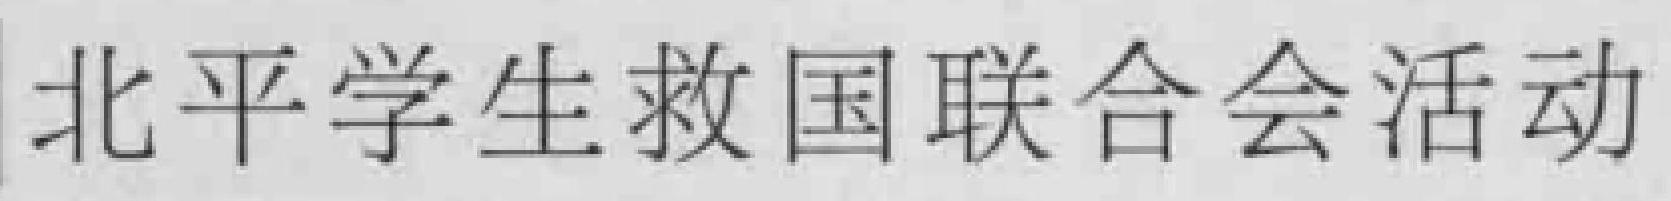
北平学生救国联合会活动